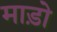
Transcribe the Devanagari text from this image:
माड़ो